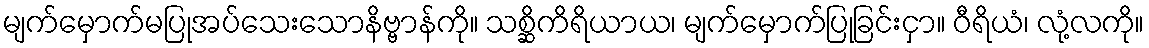
မျက်မှောက်မပြုအပ်သေးသောနိဗ္ဗာန်ကို။ သစ္ဆိကိရိယာယ၊ မျက်မှောက်ပြုခြင်းငှာ။ ဝီရိယံ၊ လုံ့လကို။